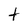
Character: t